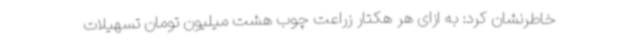
خاطرنشان کرد: به ازای هر هکتار زراعت چوب هشت میلیون تومان تسهیلات